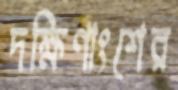
দক্ষিণাংশের